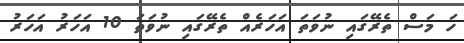
ހަ މަސް ތެރޭގައި ނުވަތަ އަހަރެއް ތެރޭގައި ނުވަތަ 10 އަހަރު އަހަރު